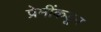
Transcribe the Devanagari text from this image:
प्रेमींकडून